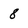
Character: 8